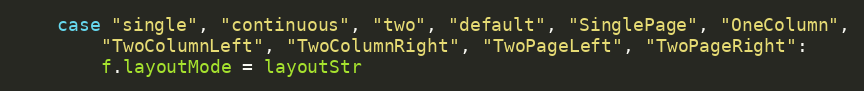
Language: Go
	case "single", "continuous", "two", "default", "SinglePage", "OneColumn",
		"TwoColumnLeft", "TwoColumnRight", "TwoPageLeft", "TwoPageRight":
		f.layoutMode = layoutStr